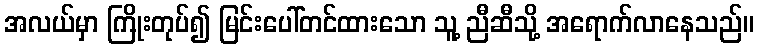
အလယ်မှာ ကြိုးတုပ်၍ မြင်းပေါ်တင်ထားသော သူ့ ညီဆီသို့ အရောက်လာနေသည်။